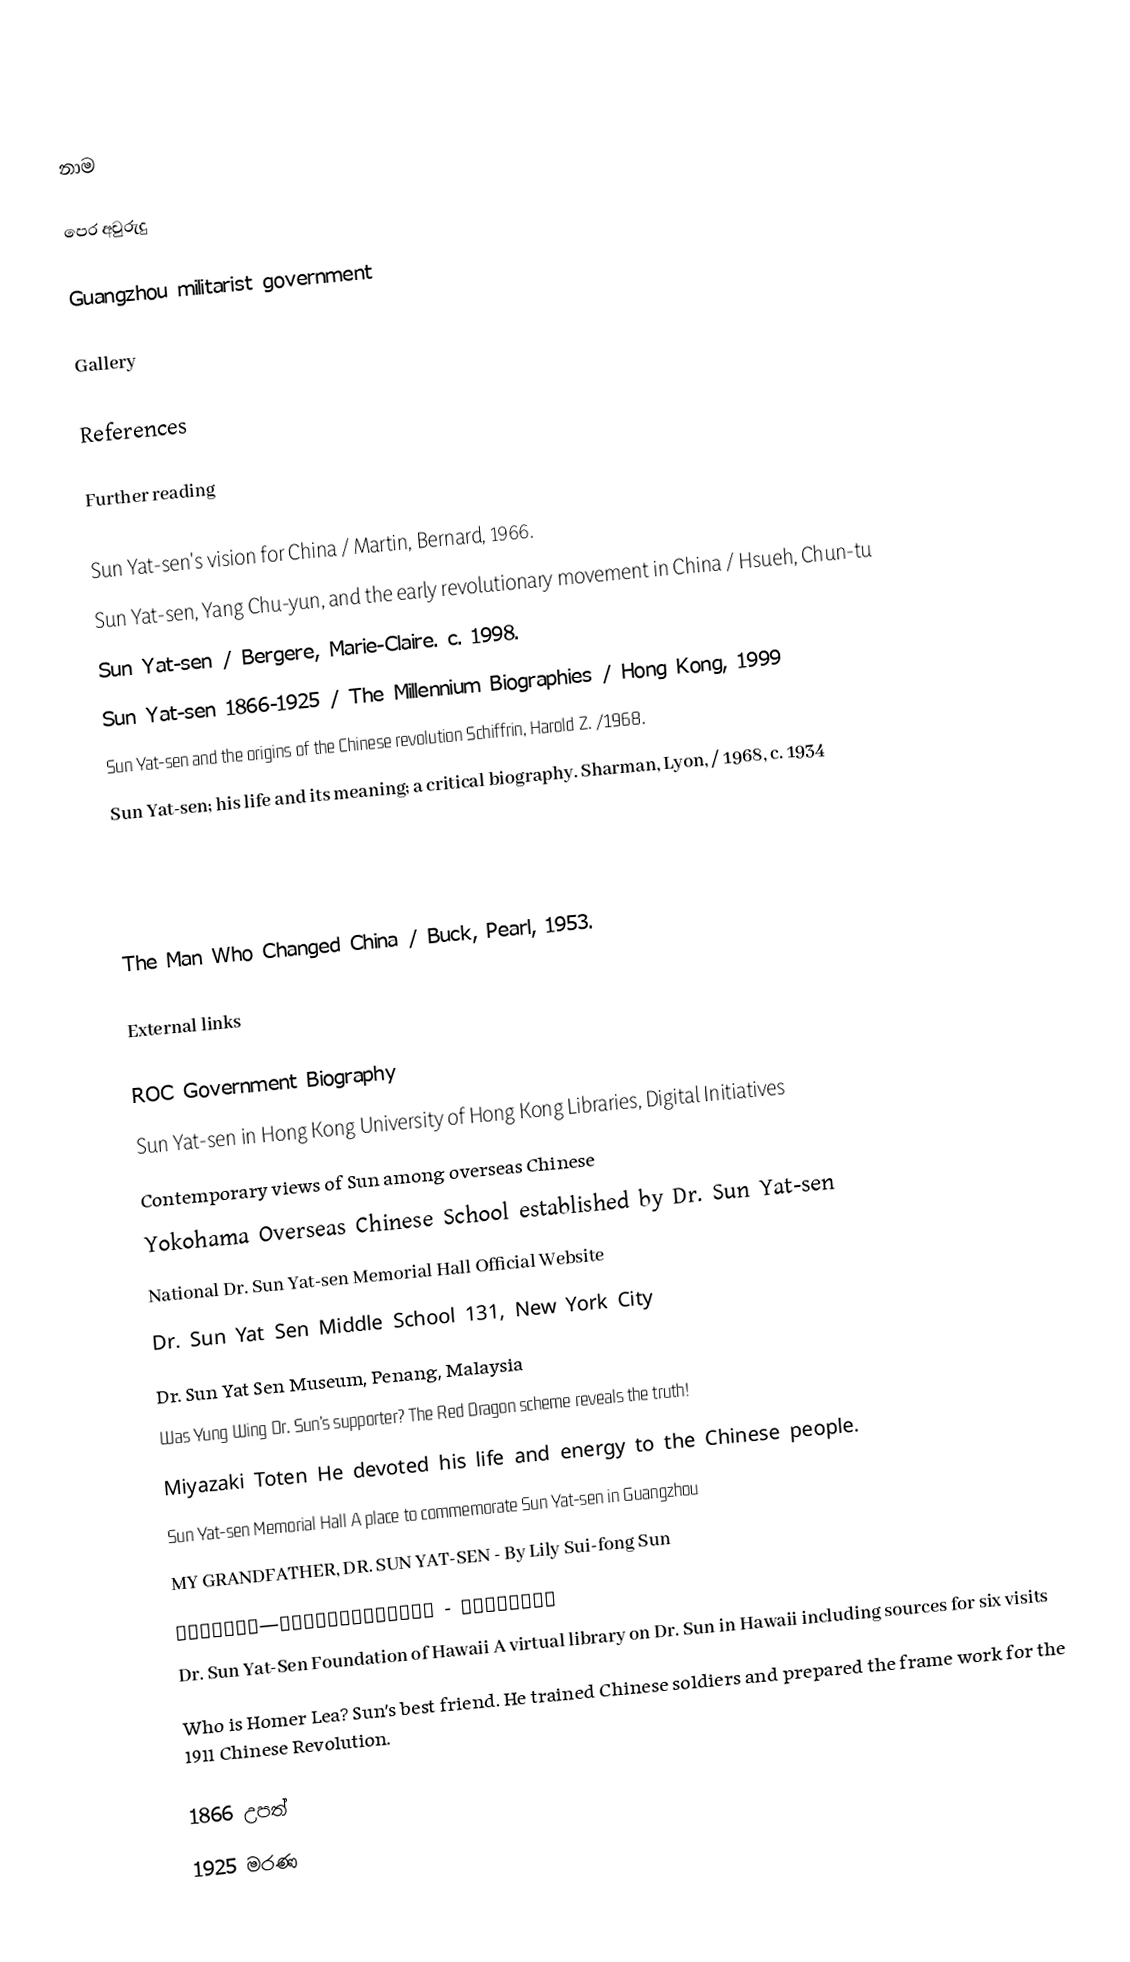

නාම

පෙර අවුරුදු

Guangzhou militarist government

Gallery

References

Further reading

 Sun Yat-sen's vision for China / Martin, Bernard, 1966.
 Sun Yat-sen, Yang Chu-yun, and the early revolutionary movement in China / Hsueh, Chun-tu
 Sun Yat-sen / Bergere, Marie-Claire. c. 1998.
 Sun Yat-sen 1866-1925 / The Millennium Biographies / Hong Kong, 1999
 Sun Yat-sen and the origins of the Chinese revolution Schiffrin, Harold Z. /1968.
 Sun Yat-sen; his life and its meaning; a critical biography. Sharman, Lyon, / 1968, c. 1934

 The Man Who Changed China / Buck, Pearl, 1953.

External links

 ROC Government Biography
 Sun Yat-sen in Hong Kong University of Hong Kong Libraries, Digital Initiatives
 Contemporary views of Sun among overseas Chinese
 Yokohama Overseas Chinese School established by Dr. Sun Yat-sen
 National Dr. Sun Yat-sen Memorial Hall Official Website
 Dr. Sun Yat Sen Middle School 131, New York City
 Dr. Sun Yat Sen Museum, Penang, Malaysia
 Was Yung Wing Dr. Sun's supporter? The Red Dragon scheme reveals the truth!
 Miyazaki Toten He devoted his life and energy to the Chinese people.
 Sun Yat-sen Memorial Hall  A place to commemorate Sun Yat-sen in Guangzhou
 MY GRANDFATHER, DR. SUN YAT-SEN - By Lily Sui-fong Sun
 浓浓乡情系中原—访孙中山先生孙女孙穗芳博士 - 我的祖父是客家人
 Dr. Sun Yat-Sen Foundation of Hawaii A virtual library on Dr. Sun in Hawaii including sources for six visits
 Who is Homer Lea? Sun's best friend. He trained Chinese soldiers and prepared the frame work for the 1911 Chinese Revolution.

1866 උපත්
1925 මරණ